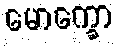
မောက္ခော